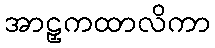
အာဠှကထာလိကာ